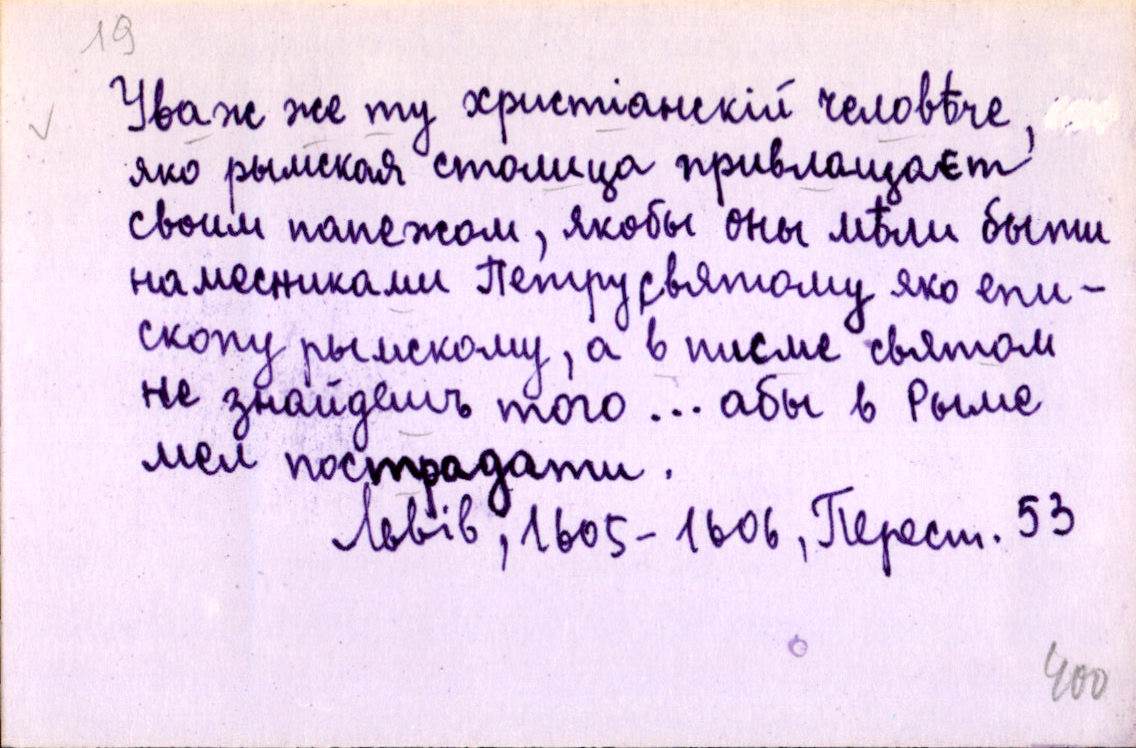
Уваж же ту христіанскій человѣче,
яко рымская столица привлащаєт
своим папежом, якобы оны мѣли быти
намесниками Петру святому яко епи-
скопу рымскому, а в писме святом
не знайдешъ того … абы в Рыме
мел пострадати.
Львів, 1605-1606, Перест. 53